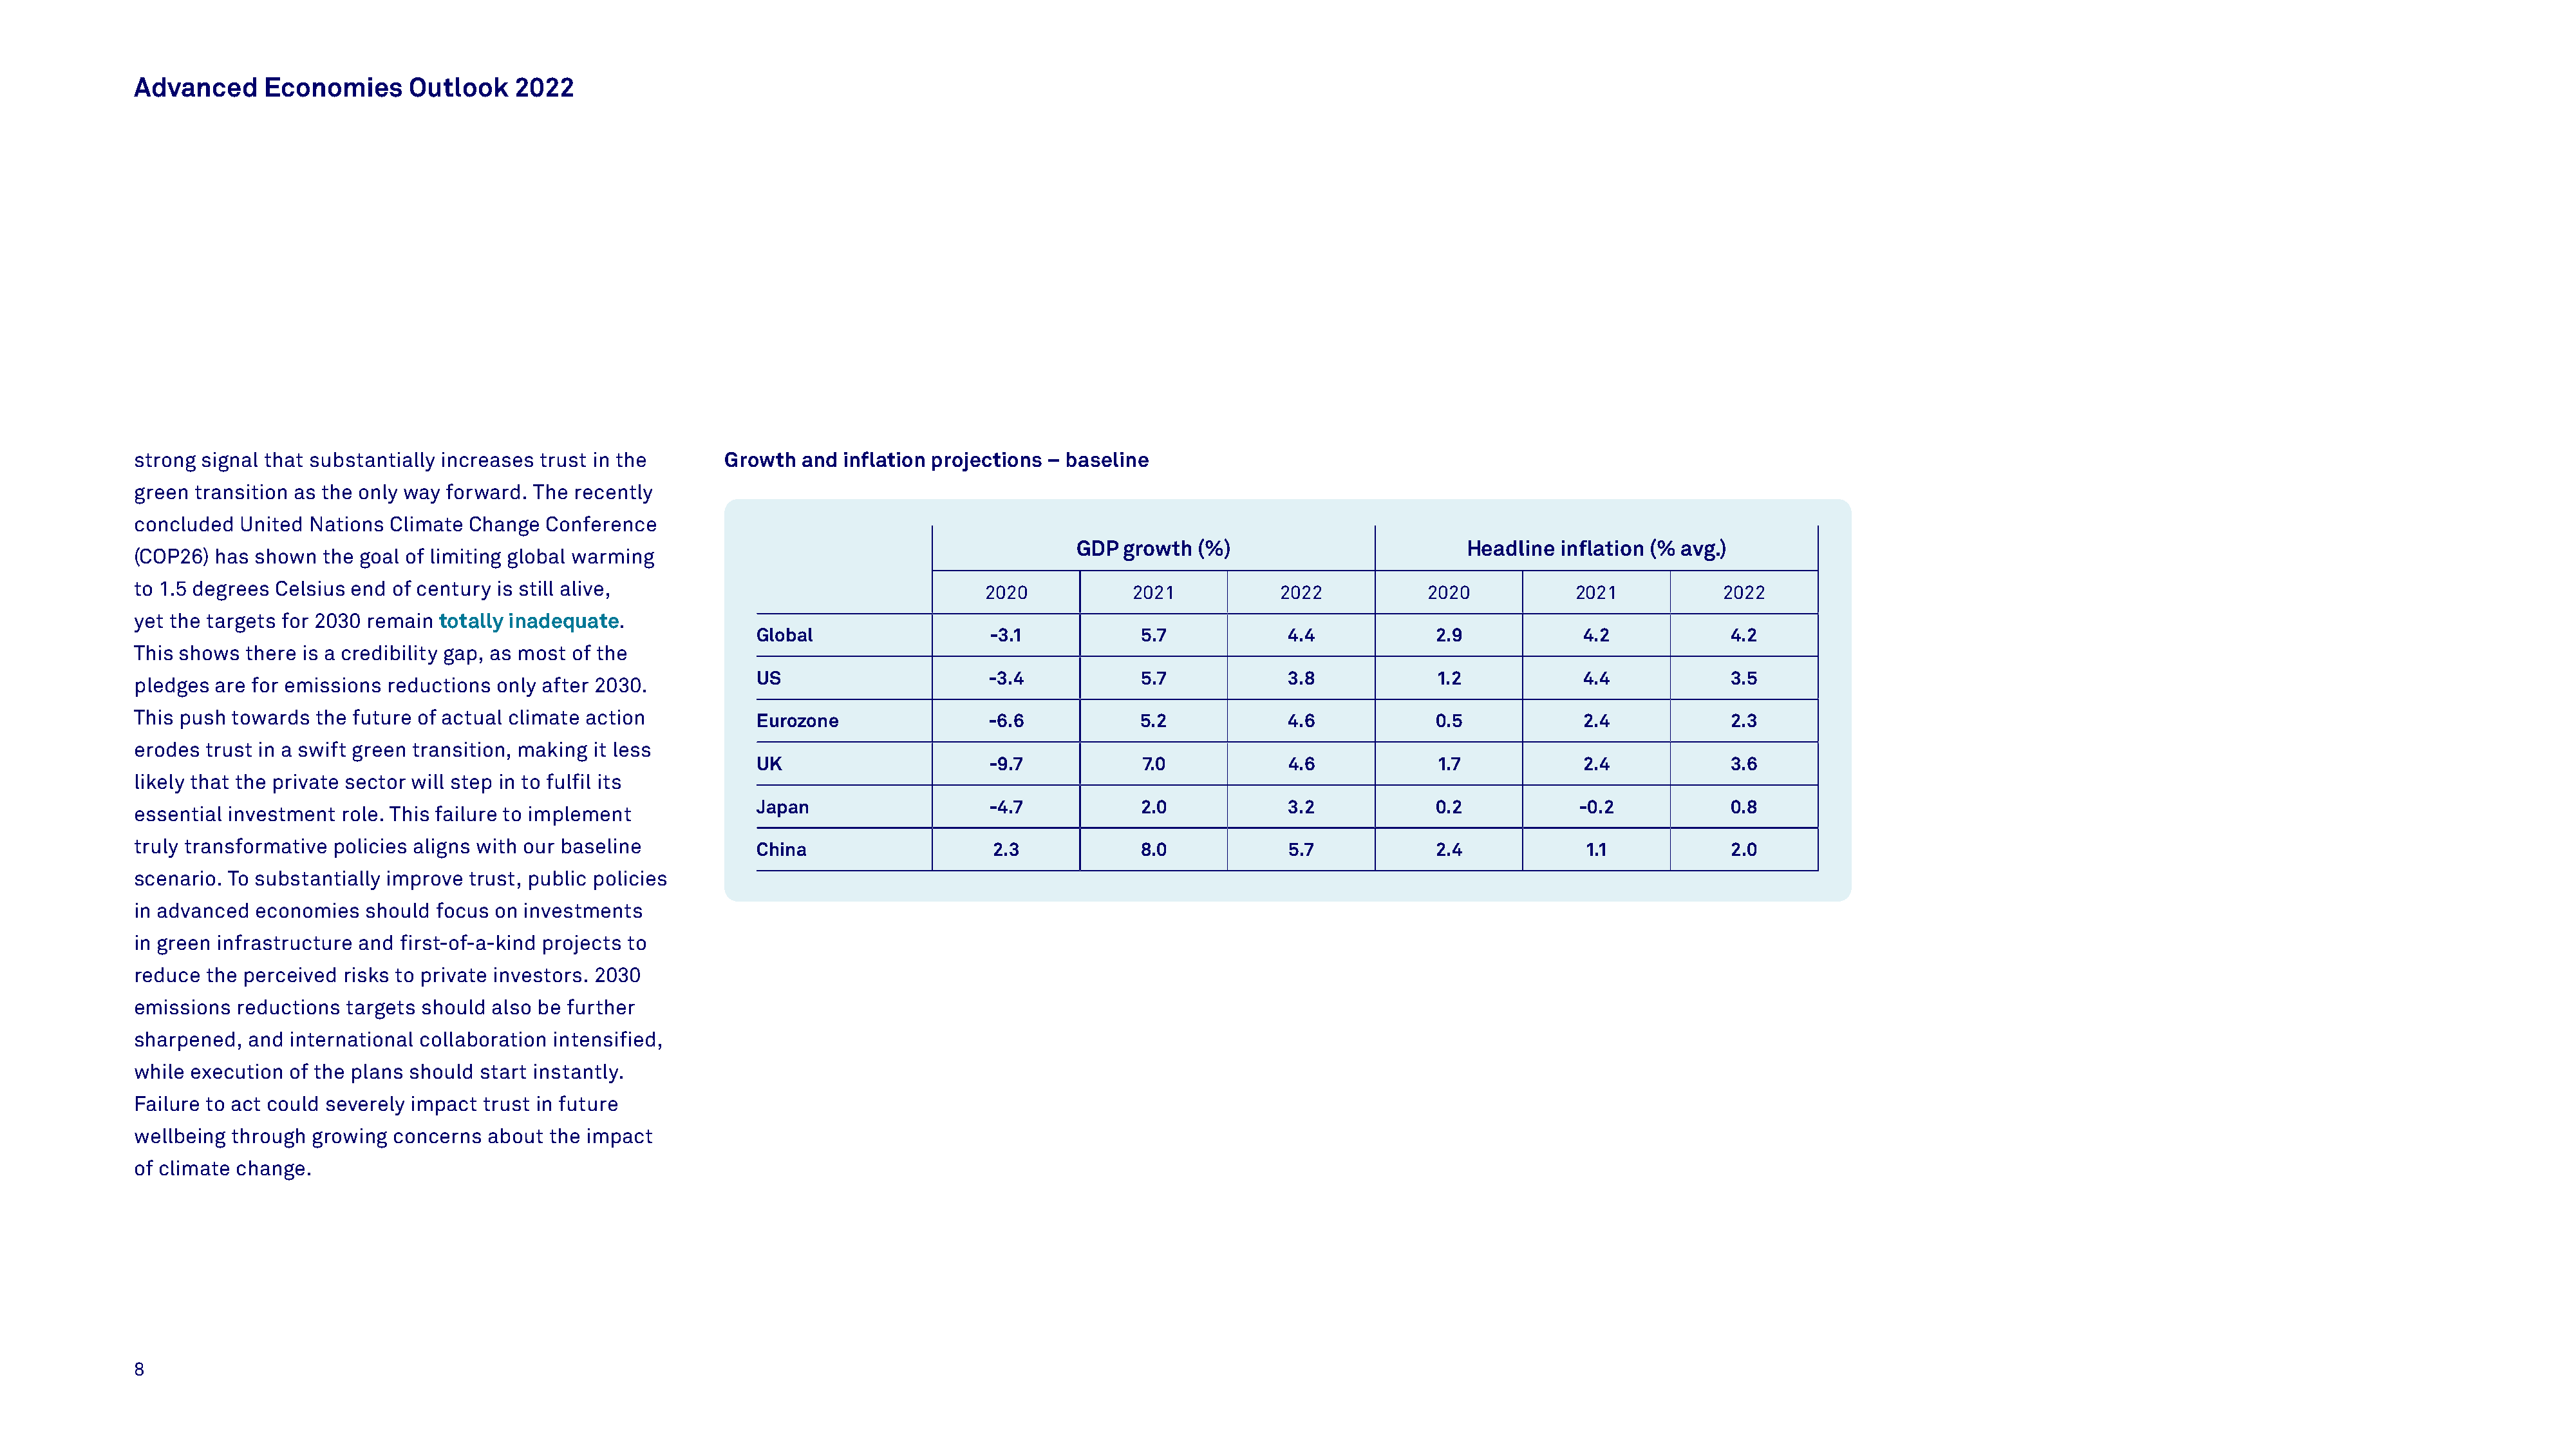
Advanced     Economies      Outlook    2022
 strong signal that substantially increases trust in the     Growth  and  inflation projections – baseline
 green transition as the only way forward. The recently
 concluded  United Nations Climate Change  Conference
 GDP growth  (%)                         Headline inflation (% avg.)
 (COP26) has shown  the goal of limiting global warming
 to 1.5 degrees Celsius end of century is still alive,
 2020           2021            2022           2020           2021           2022
 yet the targets for 2030 remain totally inadequate.
 Global                  -3.1           5.7            4.4             2.9            4.2            4.2
 This shows there is a credibility gap, as most of the
 US                      -3.4           5.7            3.8             1.2            4.4            3.5
 pledges are for emissions reductions only after 2030.
 This push towards the future of actual climate action
 Eurozone                -6.6           5.2            4.6             0.5            2.4            2.3
 erodes trust in a swift green transition, making it less
 UK                      -9.7           7.0            4.6             1.7            2.4            3.6
 likely that the private sector will step in to fulfil its
 Japan                   -4.7           2.0            3.2             0.2           -0.2            0.8
 essential investment role. This failure to implement
 truly transformative policies aligns with our baseline
 China                   2.3            8.0            5.7             2.4            1.1            2.0
 scenario. To substantially improve trust, public policies
 in advanced economies   should focus on investments
 in green infrastructure and first-of-a-kind projects to
 reduce the perceived risks to private investors. 2030
 emissions reductions  targets should also be further
 sharpened,  and international collaboration intensified,
 while execution of the plans should start instantly.
 Failure to act could severely impact trust in future
 wellbeing through growing concerns  about the impact
 of climate change.
 8